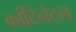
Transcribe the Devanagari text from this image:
कांटिनेटल